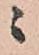
ニ